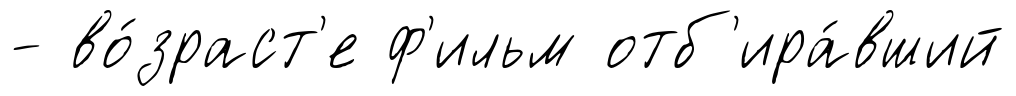
- во́зраст'е ф'ильм отб'ира́вший